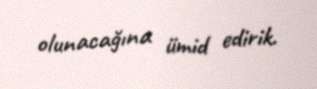
olunacağına ümid edirik.